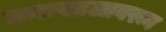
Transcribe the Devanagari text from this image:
मनःपटलावरून